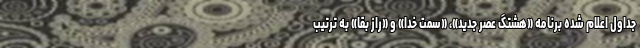
جداول اعلام شده برنامه «هشتگ عصر جدید»، «سمت خدا» و «راز بقا» به ترتیب